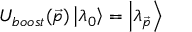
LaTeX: U _ { b o o s t } ( \vec { p } ) \left| \lambda _ { 0 } \right> = \left| \lambda _ { \vec { p } } \right>